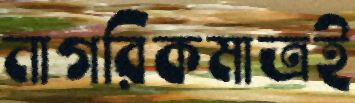
নাগরিকমাত্রই